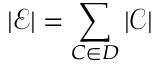
| \mathcal { E } | = \sum _ { C \in D } | \mathcal { C } |